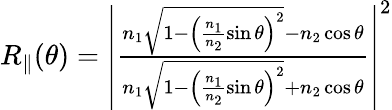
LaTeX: \begin{array}{r}{R_{\parallel}(\theta)=\left|\frac{n_{1}\sqrt{1-\left(\frac{n_{1}}{n_{2}}\sin\theta\right)^{2}}-n_{2}\cos\theta}{n_{1}\sqrt{1-\left(\frac{n_{1}}{n_{2}}\sin\theta\right)^{2}}+n_{2}\cos\theta}\right|^{2}}\end{array}